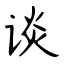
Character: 谈